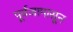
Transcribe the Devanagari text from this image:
पूर्वजापासून